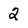
Character: 2